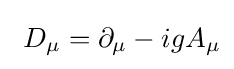
\ D_{\mu }=\partial _{\mu }-igA_{\mu }